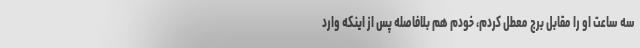
سه ساعت او را مقابل برج معطل کردم، خودم هم بلافاصله پس از اینکه وارد